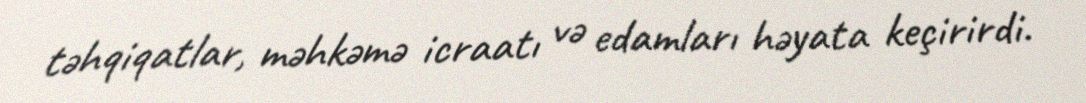
təhqiqatlar, məhkəmə icraatı və edamları həyata keçirirdi.